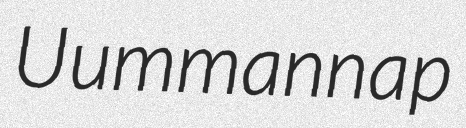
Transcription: Uummannap